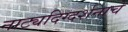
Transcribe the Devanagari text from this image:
नाट्यदिग्दर्शनाचे